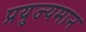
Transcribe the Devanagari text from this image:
प्रयुज्यमान